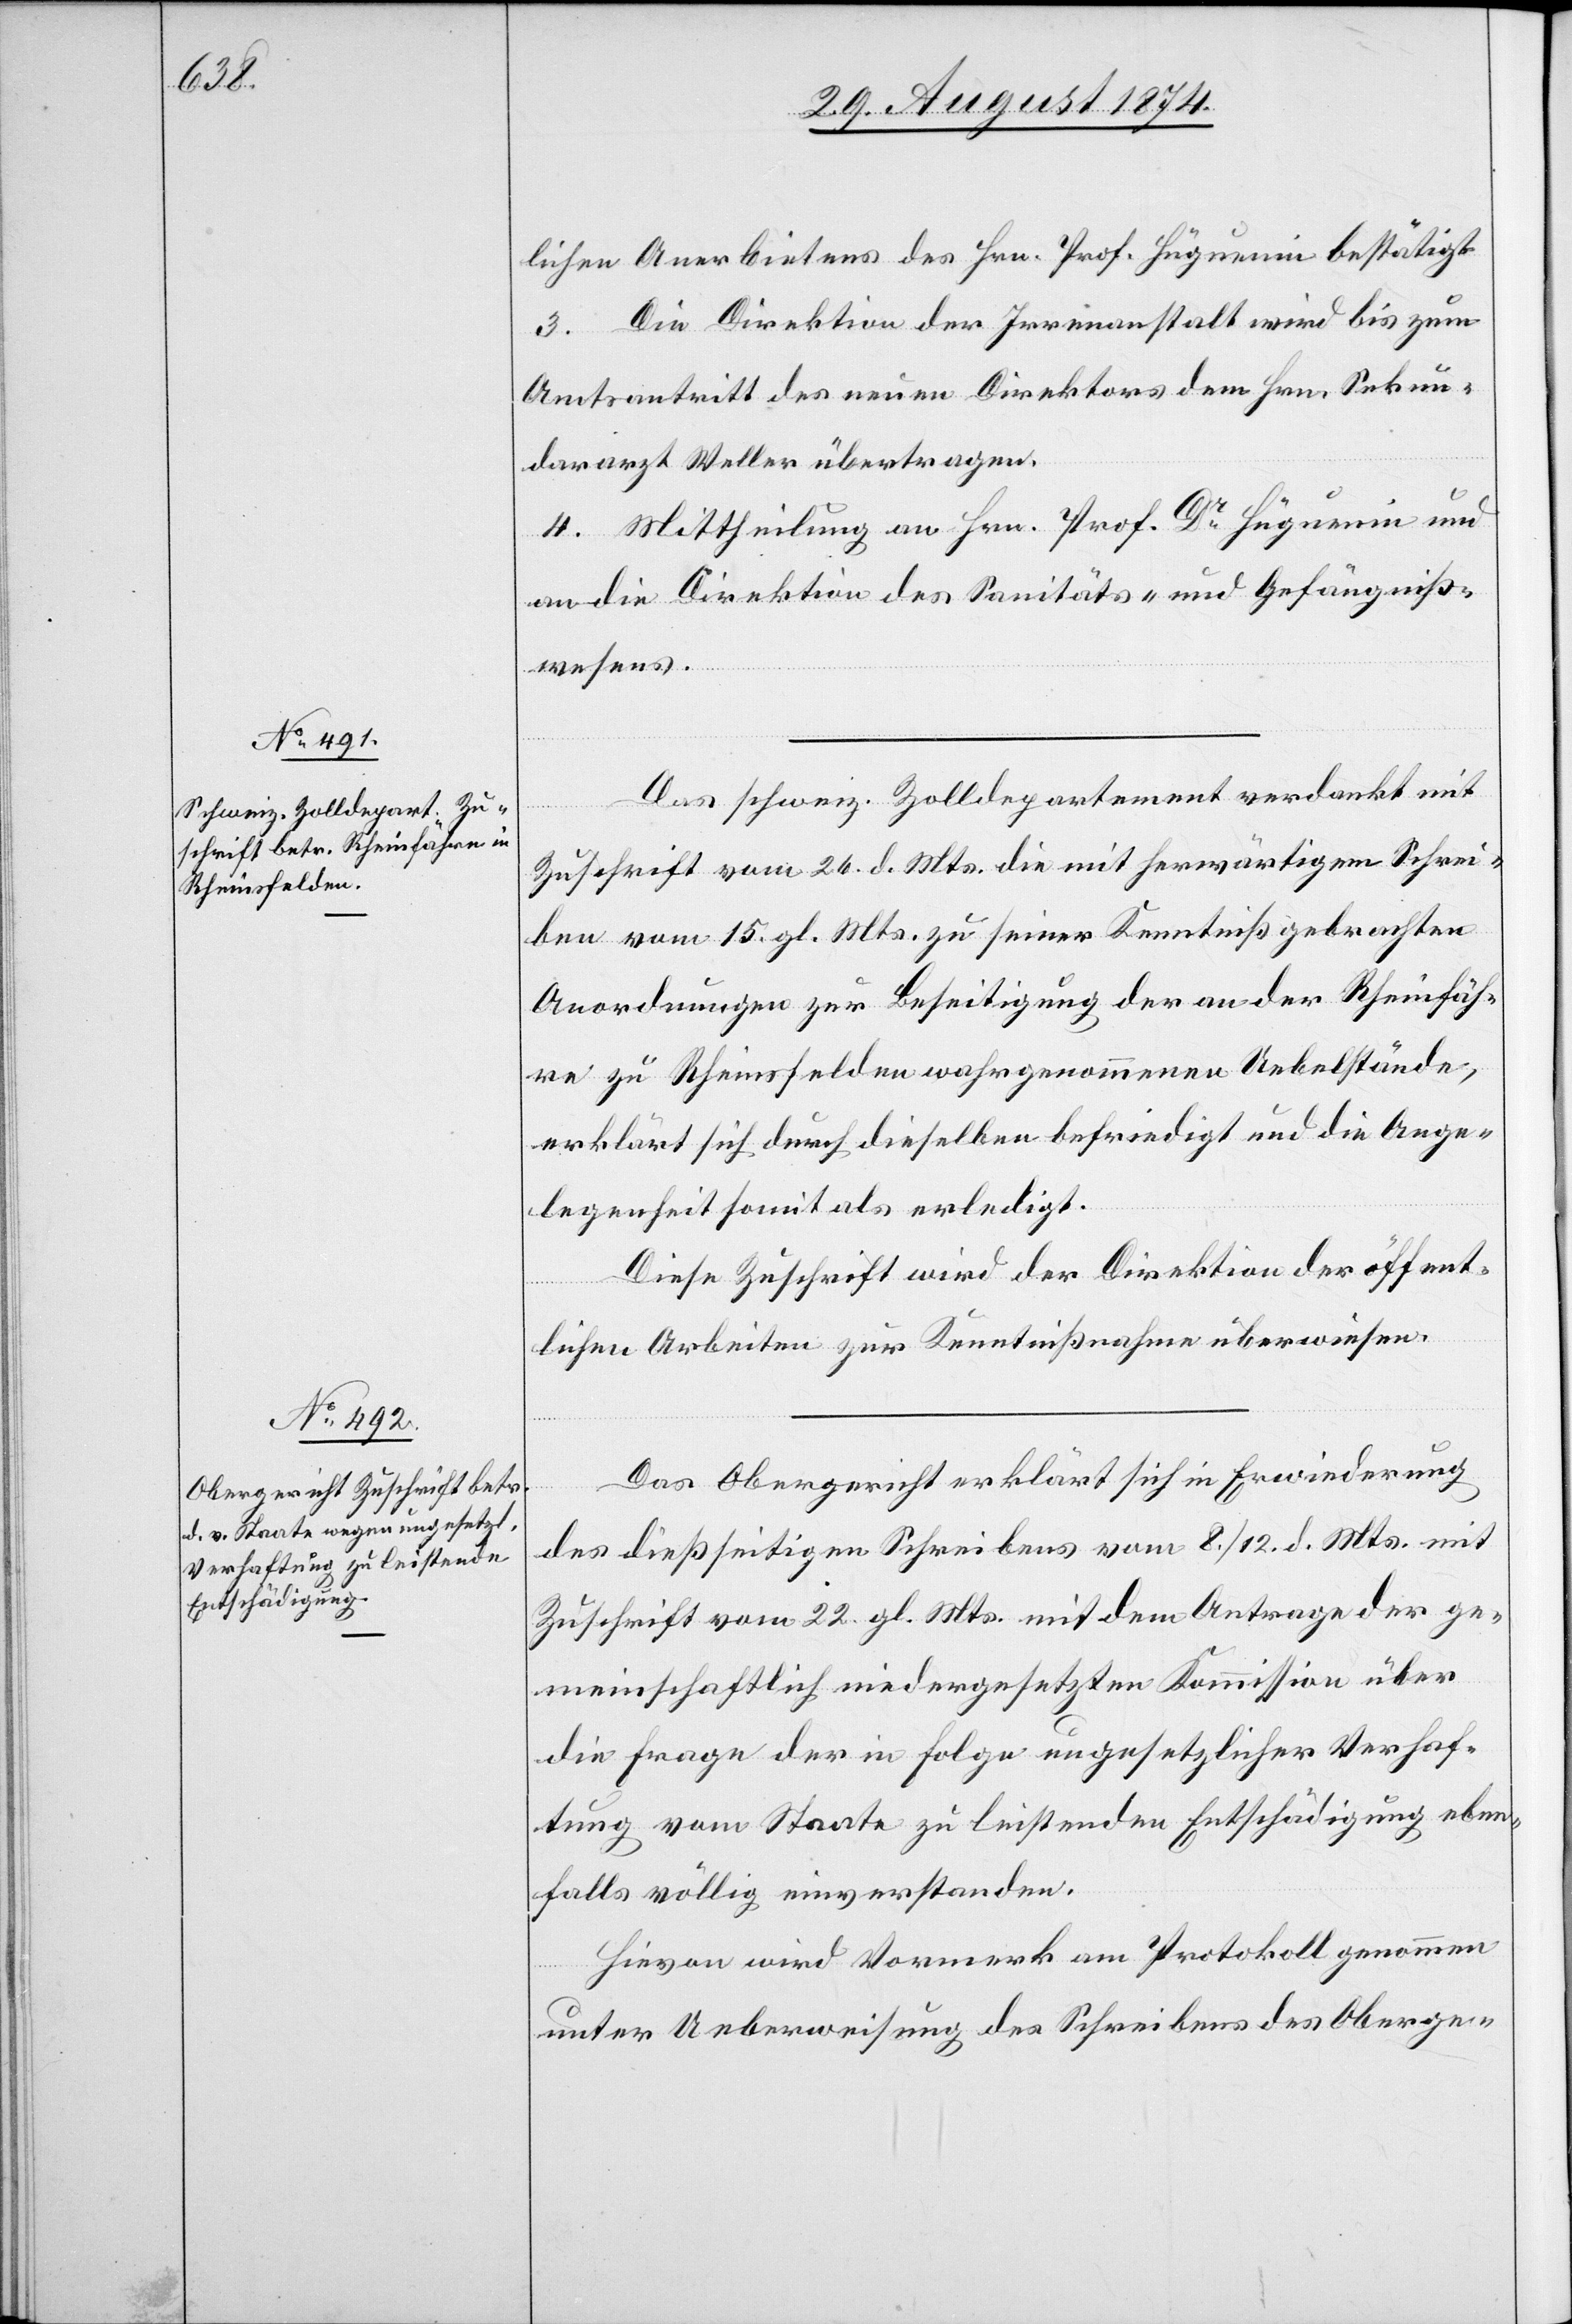
lichen Anerbietens des Hrn. Prof. Hüguenin bestätigt.
3. Die Direktion der Irrenanstalt wird bis zum
Amtsantritt des neuen Direktors dem Hrn. Sekun¬
dararzt Weller übertragen.
4. Mittheilung an Hrn. Prof. Dr Hüguenin und
an die Direktion des Sanitäts- und Gefängniß¬
wesens.
Das schweiz. Zolldepartement verdankt mit
Zuschrift vom 26. d. Mts. die mit herwärtigem Schrei¬
ben vom 15. gl. Mts. zu seiner Kenntniß gebrachten
Anordnungen zur Beseitigung der an der Rheinfäh¬
re zu Rheinfelden wahrgenommenen Uebelstände,
erklärt sich durch dieselben befriedigt und die Ange¬
legenheit somit als erledigt.
Diese Zuschrift wird der Direktion der öffent¬
lichen Arbeiten zur Kenntnißnahme überwiesen.
Das Obergericht erklärt sich in Erwiederung
des dießseitigen Schreibens vom 22. gl. Mts. mit
gemeinschaftlich niedergesetzten Kommission über
die Frage der in Folge ungesetzlicher Verhaf¬
tung vom Staate zu leistenden Entschädigung eben¬
falls völlig einverstanden.
Hievon wird Vormerk am Protokoll genommen
unter Ueberweisung des Schreibens des Oberge-